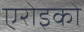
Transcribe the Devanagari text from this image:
एरोइको